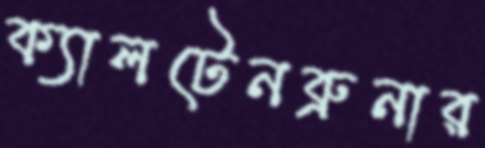
ক্যালটেনব্রুনার